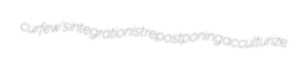
curfew's integrationist repostponing acculturize